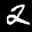
Label: 2